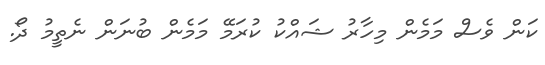
ކަން ވެސް މަމެން މިހާރު ޝައްކު ކުރަމޭ މަމެން ބުނަން ނެތީމު ދޯ.